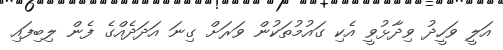
އަލީ ވަހީދު ވިދާޅުވީ އެކި ގައުމުތަކުން ވަރަށް ގިނަ އަދަދެއްގެ ފެން ލިބިފައި